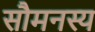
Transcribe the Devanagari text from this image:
सौमनस्य